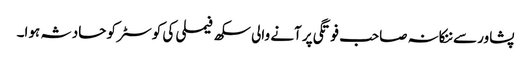
پشاور سے ننکانہ صاحب فوتگی پر آنے والی سکھ فیملی کی کوسٹر کو حادثہ ہوا۔